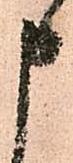
申